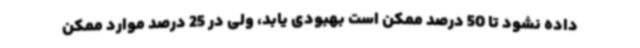
داده نشود تا 50 درصد ممکن است بهبودی یابد، ولی در 25 درصد موارد ممکن